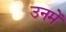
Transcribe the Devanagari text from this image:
उनमेँ